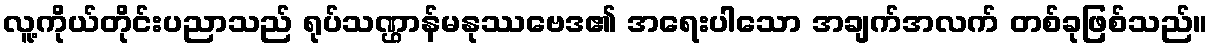
လူ့ကိုယ်တိုင်းပညာသည် ရုပ်သဏ္ဌာန်မနုဿဗေဒ၏ အရေးပါသော အချက်အလက် တစ်ခုဖြစ်သည်။